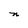
Character: n